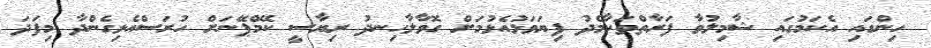
ހިންގައި އެކަމުގައި ޝާމިލުވާ ފަރާތްތަކާމެދު ފިޔަވަޅުއެޅުމަށް ގޮވާލާހިނދު ރިޔާސީ ކޭމްޕޭނަށް ހުރަސްއެޅިގެންދާ މިފަދަ